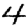
Digit: 4